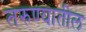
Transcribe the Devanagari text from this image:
तरुण्यातील